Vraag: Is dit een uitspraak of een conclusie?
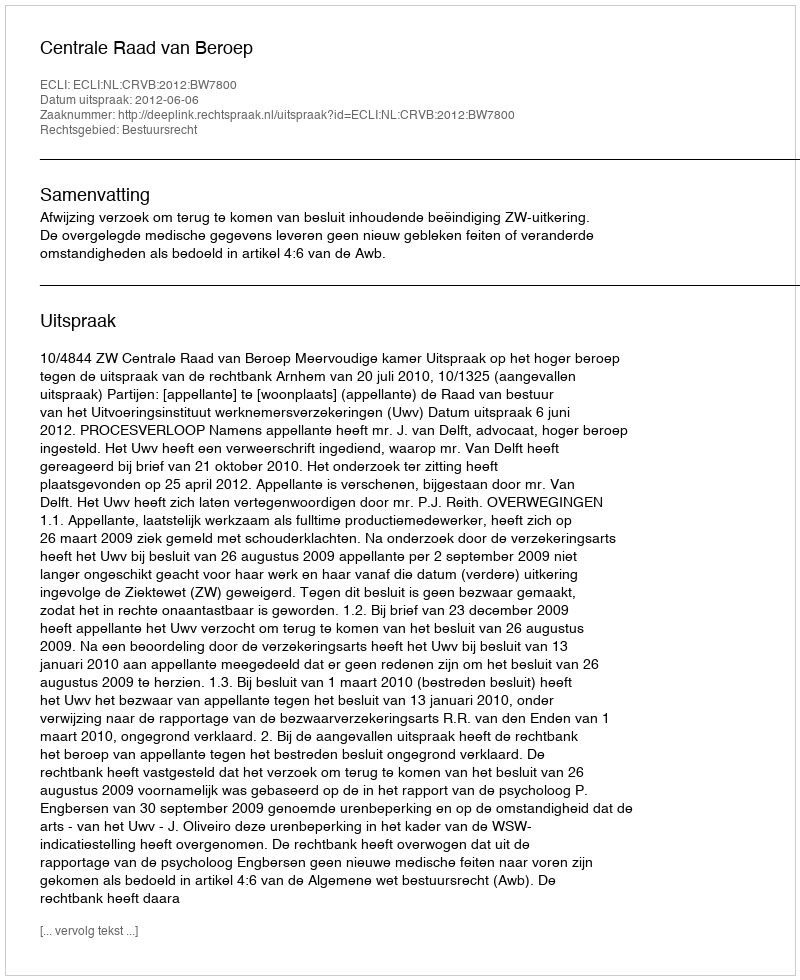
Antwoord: Uitspraak